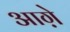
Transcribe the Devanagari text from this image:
आग़े